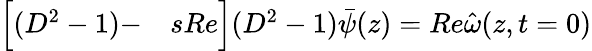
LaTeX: \begin{array}{rl}{\Big[(D^{2}-1)-}&{{}sRe\Big](D^{2}-1)\bar{\psi}(z)=Re\hat{\omega}(z,t=0)}\end{array}